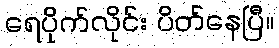
ရေပိုက်လိုင်း ပိတ်နေပြီ။